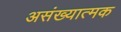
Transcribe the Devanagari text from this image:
असंख्यात्मक